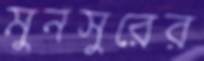
মুনসুরের